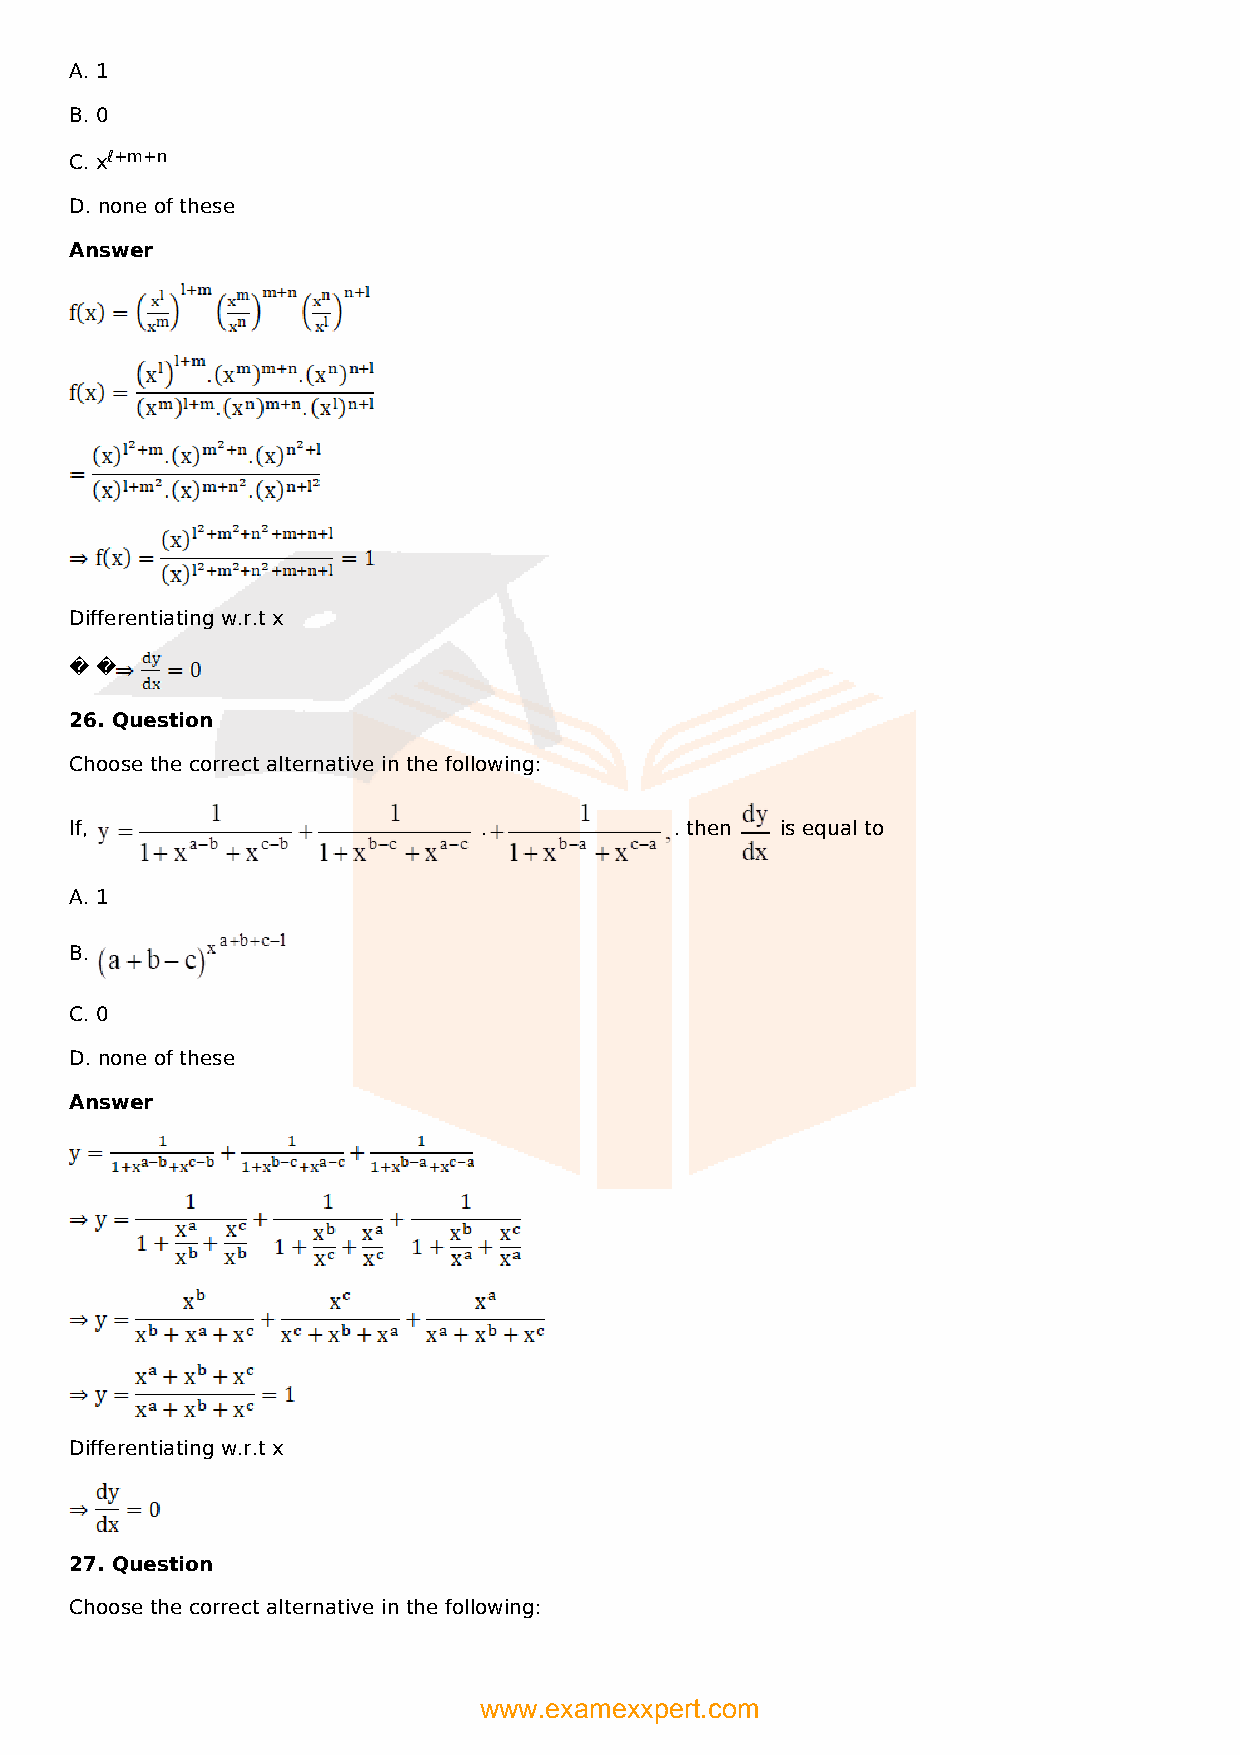
A. 1
 B. 0
 C. xℓ+m+n
 D. none of these
 Answer
 Differentiating w.r.t x
 � �
 26. Question
 Choose the correct alternative in the following:
 If,                        .            . then is equal to
 A. 1
 B.
 C. 0
 D. none of these
 Answer
 Differentiating w.r.t x
 27. Question
 Choose the correct alternative in the following:
 www.examexxpert.com